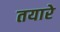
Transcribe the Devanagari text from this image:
तयारे